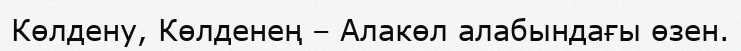
Көлдену, Көлденең – Алакөл алабындағы өзен.